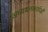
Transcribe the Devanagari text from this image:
अध्‍ययनकर्ताओं